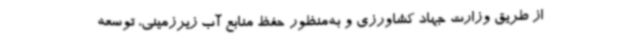
از طریق وزارت جهاد کشاورزی و به‌منظور حفظ منابع آب زیرزمینی، توسعه